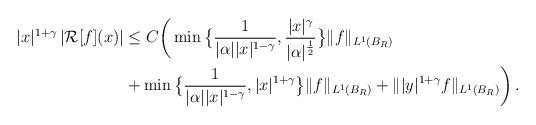
LaTeX: \begin{align*}|x|^{1+\gamma} \, |\mathcal{R}[f](x)| & \leq C \bigg( \min \big\{ \frac{1}{|\alpha| |x|^{1-\gamma}}, \frac{|x|^\gamma}{|\alpha|^{\frac{1}{2}}} \big\} \| f\|_{L^1 (B_{R})} \\& + \min \big \{ \frac{1}{|\alpha| |x|^{1-\gamma}}, |x|^{1+\gamma} \big \} \| f \|_{L^1 (B_{R})}+ \| |y|^{1+\gamma} f \|_{L^1 (B_{R})} \bigg ) \,.\end{align*}